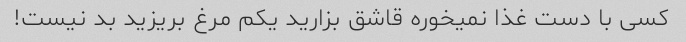
کسی با دست غذا نمیخوره قاشق بزارید یکم مرغ بریزید بد نیست!